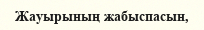
Жауырының жабыспасын,